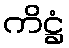
ကိဋ္ဌံ